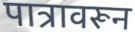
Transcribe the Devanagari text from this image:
पात्रावरून